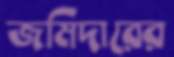
জমিদারের